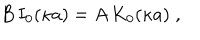
B \, I _ { 0 } ( \kappa a ) = A \, K _ { 0 } ( \kappa a ) \; ,